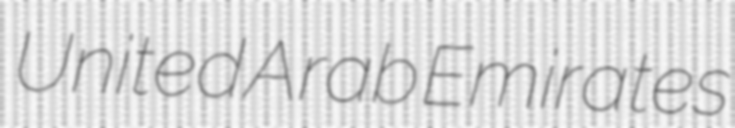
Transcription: United Arab Emirates